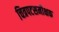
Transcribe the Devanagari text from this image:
चित्रपटसमीक्षक